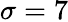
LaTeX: \sigma=7